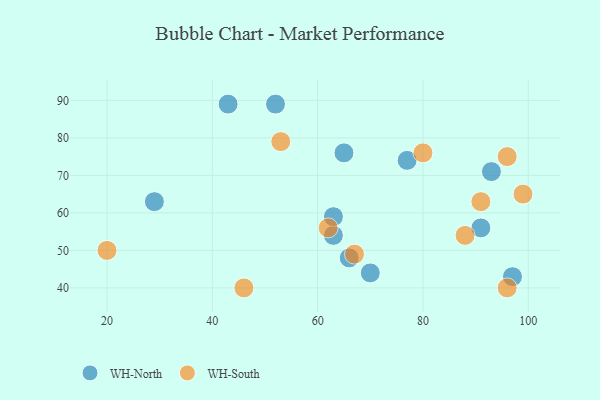
{"axis": {"x": "GDP", "y": "Life Expectancy"}, "legend": ["WH-North", "WH-South"], "data": [{"x": "52", "y": 89, "type": "WH-North"}, {"x": "93", "y": 71, "type": "WH-North"}, {"x": "65", "y": 76, "type": "WH-North"}, {"x": "91", "y": 56, "type": "WH-North"}, {"x": "63", "y": 54, "type": "WH-North"}, {"x": "66", "y": 48, "type": "WH-North"}, {"x": "77", "y": 74, "type": "WH-North"}, {"x": "70", "y": 44, "type": "WH-North"}, {"x": "63", "y": 59, "type": "WH-North"}, {"x": "43", "y": 89, "type": "WH-North"}, {"x": "97", "y": 43, "type": "WH-North"}, {"x": "29", "y": 63, "type": "WH-North"}, {"x": "91", "y": 63, "type": "WH-South"}, {"x": "96", "y": 40, "type": "WH-South"}, {"x": "96", "y": 75, "type": "WH-South"}, {"x": "80", "y": 76, "type": "WH-South"}, {"x": "67", "y": 49, "type": "WH-South"}, {"x": "46", "y": 40, "type": "WH-South"}, {"x": "20", "y": 50, "type": "WH-South"}, {"x": "99", "y": 65, "type": "WH-South"}, {"x": "88", "y": 54, "type": "WH-South"}, {"x": "62", "y": 56, "type": "WH-South"}, {"x": "53", "y": 79, "type": "WH-South"}]}